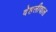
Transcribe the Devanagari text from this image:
देहलीवाल